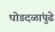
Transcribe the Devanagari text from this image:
घोडदळांपुढे